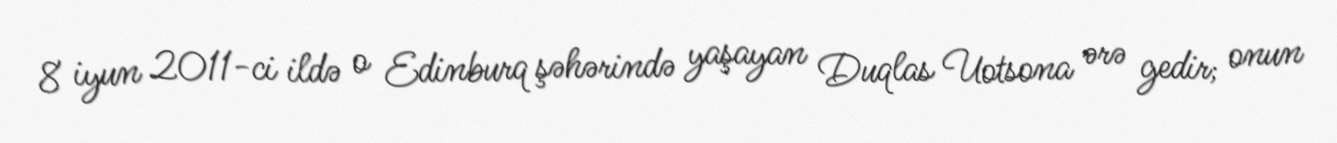
8 iyun 2011-ci ildə o Edinburq şəhərində yaşayan Duqlas Uotsona ərə gedir; onun